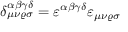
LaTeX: \delta _ { \mu \nu \varrho \sigma } ^ { \alpha \beta \gamma \delta } = \varepsilon ^ { \alpha \beta \gamma \delta } \varepsilon _ { \mu \nu \varrho \sigma }